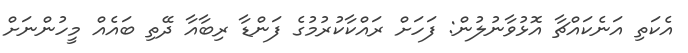
އެކަތި އަނެކައްޗާ އޮޅުވާނުލުން: ފަހަށް ރައްކާކުރުމުގެ ފަންޑާ ރިބާއާ ދޭތި ބައެއް މީހުންނަށް